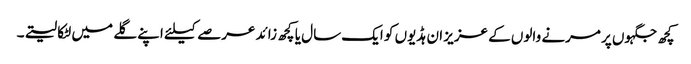
کچھ جگہوں پر مرنے والوں کے عزیز ان ہڈیوں کو ایک سال یا کچھ زائد عرصے کیلئے اپنے گلے میں لٹکا لیتے۔